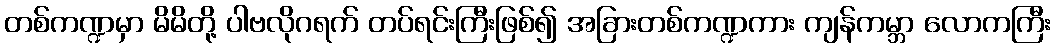
တစ်ကဏ္ဍမှာ မိမိတို့ ပါဗလိုဂရက် တပ်ရင်းကြီးဖြစ်၍ အခြားတစ်ကဏ္ဍကား ကျန်ကမ္ဘာ လောကကြီး